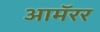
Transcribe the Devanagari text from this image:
आमॅरर